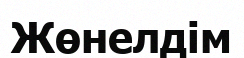
Жөнелдім